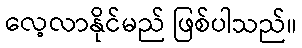
လေ့လာနိုင်မည် ဖြစ်ပါသည်။